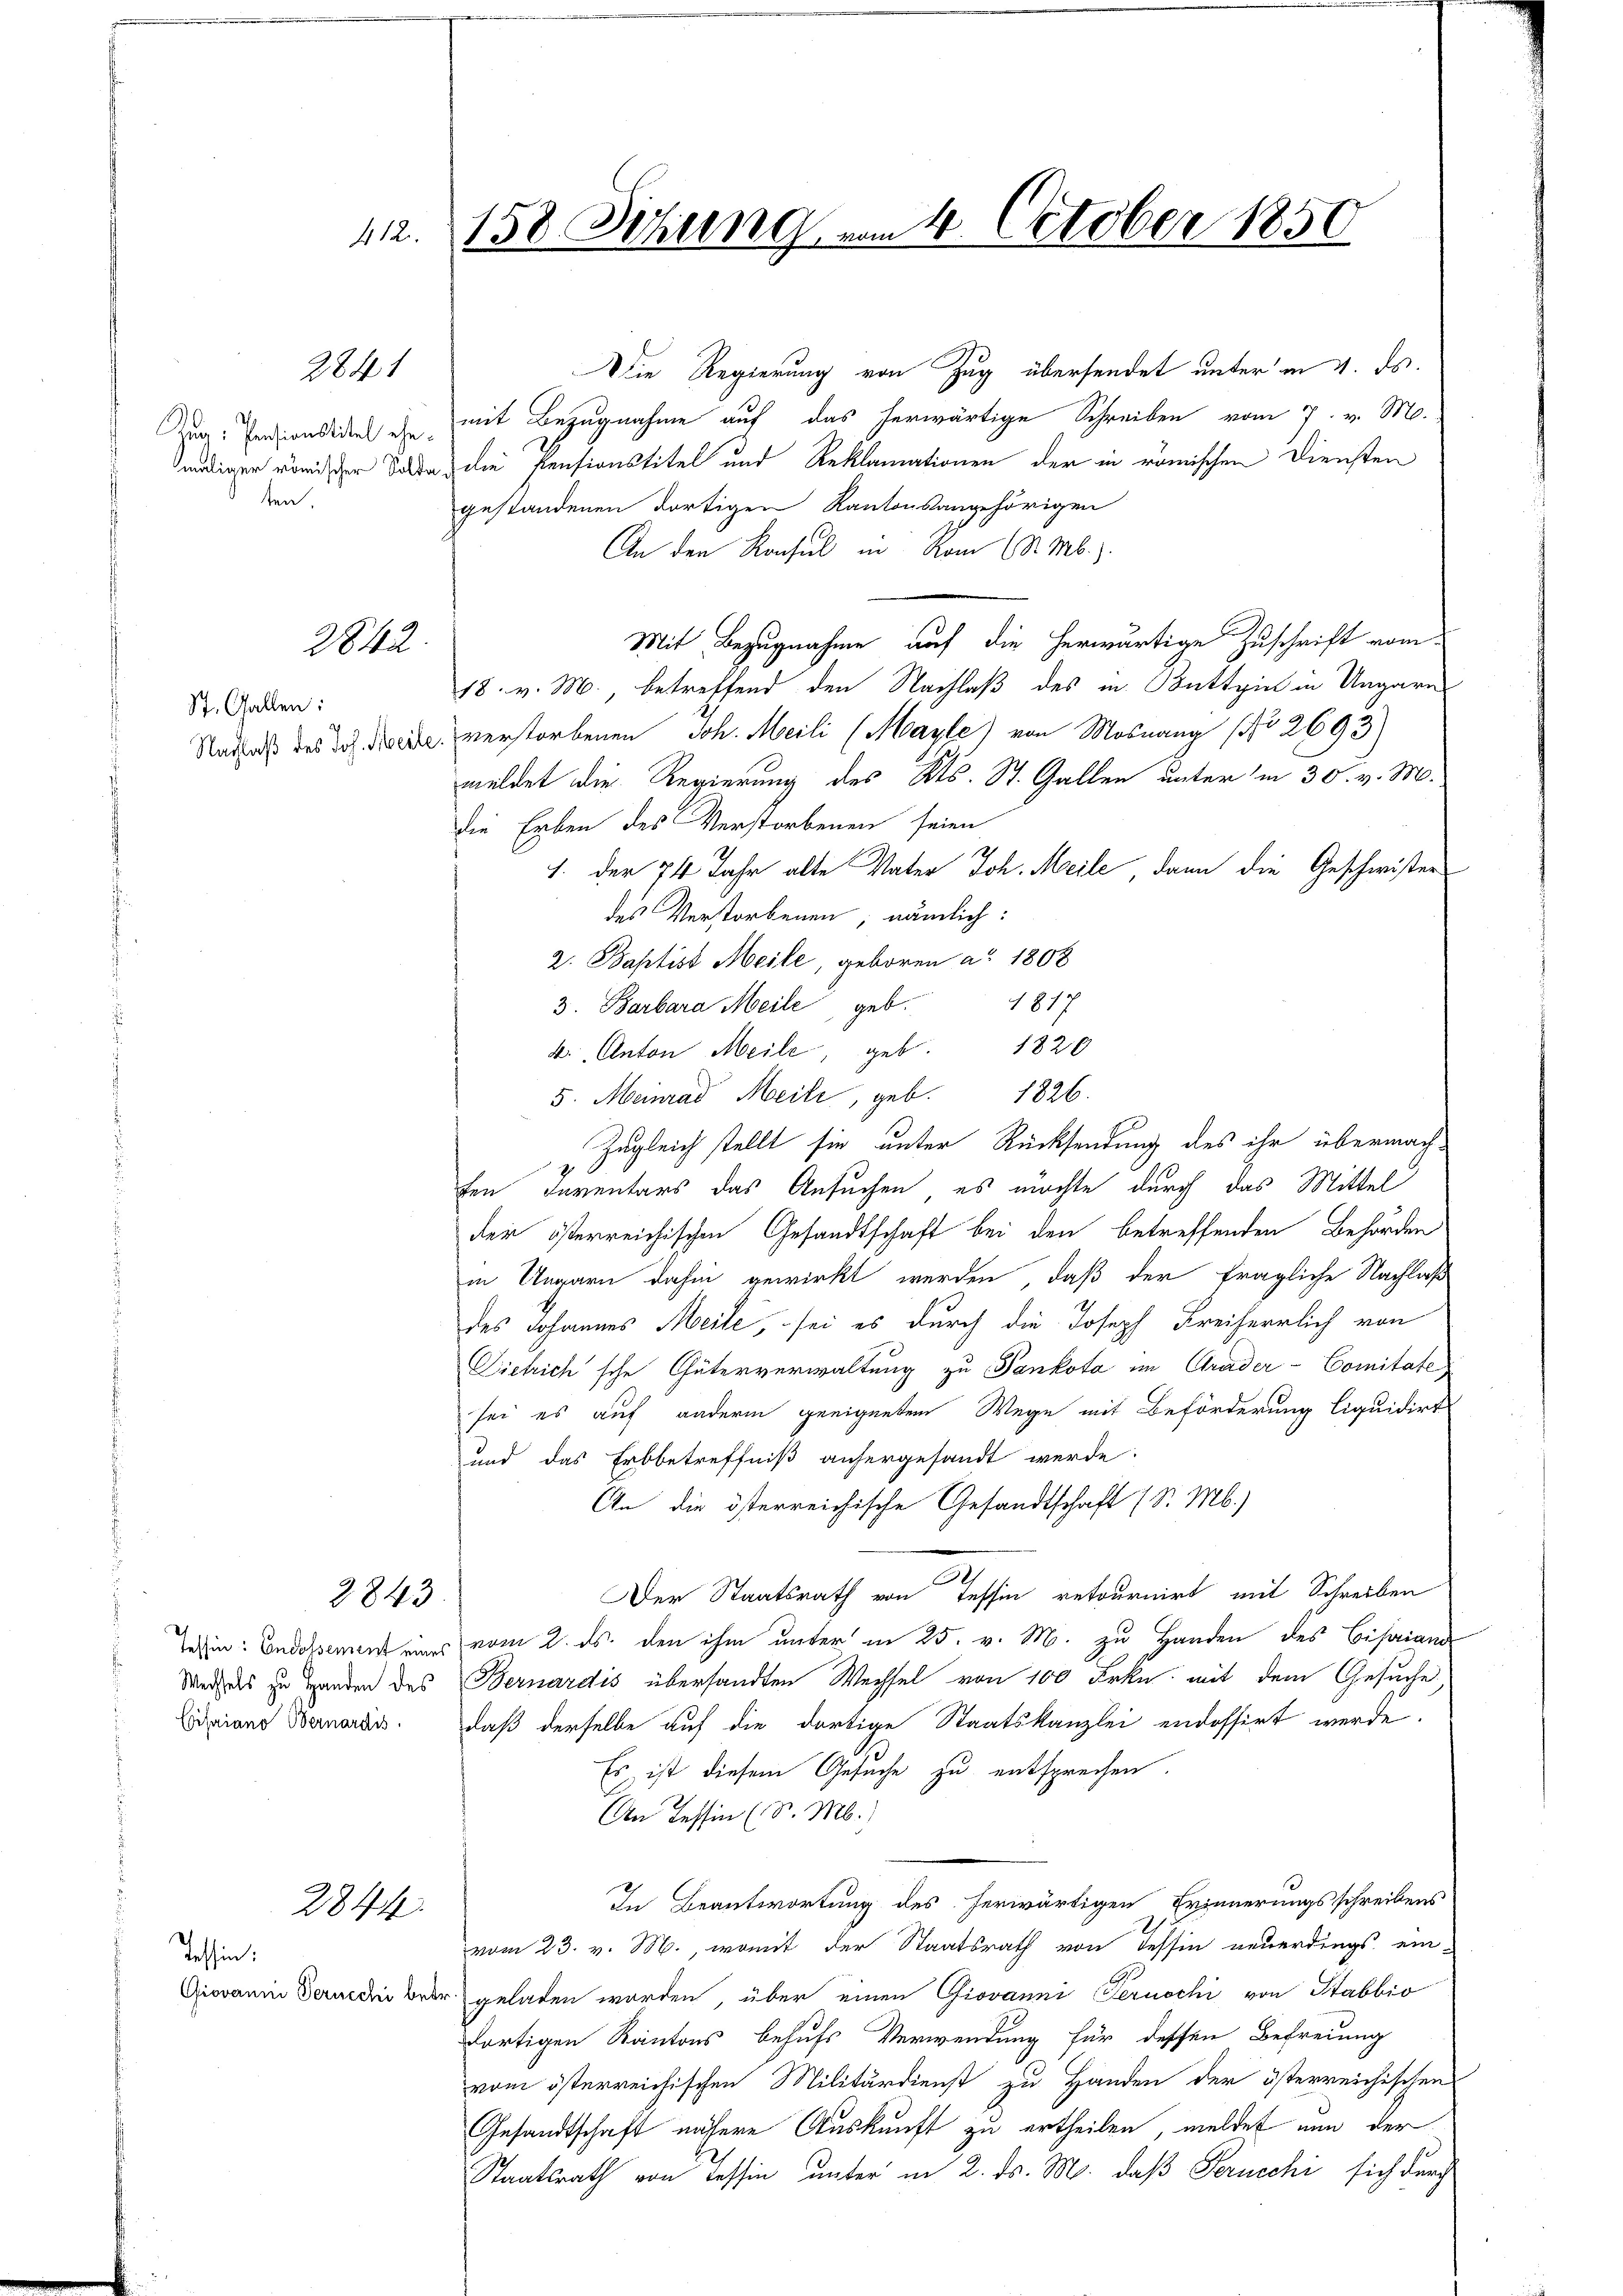
Zug: Pensionstitel ehe.
maliger römischer Sold
ten,

158 Sitzung vom 4. October 1850
d 12.

2841

2842.

St. Gallen:
Nachlaß des Joh. Meile

2843

Eifaiano Bernardis

2844.

Tessin,

Die Regierung von Zug übersendet unter in 4. ds.
mit Bezugnahme auf das herwärtige Schreiben vom 7. v. M.
a die Pensionstitel und Reklamationen der in römischen Diensten
gestandenen dortigen Kantonsangehörigen
An den Konsul in Rom (N. Mb.).
Mit Bezugnahme auf die herwärtige Zuschrift vom
18. v. M., betreffend den Nachlaß des in Buttzin in Ungarns
d. verstorbenen Joh. Meili (Mayle) von Mosnang (Nr. 2693)
meldet die Regierung des Kts. St. Gallen unterm 30. v. M.
die Erben des Verstorbenen seien
1. der 74 Jahr alte Vater Joh. Meile dann die Geschwistersdes Verstorbenen, nämlich:
2. Baptist Meile, geboren a. 1808
1817
3. Barbara Meile geb.
4. Anton Meile, geb. 1820
5. Meinrad Meile, geb. 1826.
Zugleich stellt sie unter Rücksendung des ihr übermachfen Inventars das Ansuchen, es möchte durch das Mittel
der österreichischen Gesandtschaft bei den betreffenden Behörden
in Ungarn dahin gewirkt werden, daß der fragliche Nachlaß
des Johannes Meile, sei es durch die Joseph Freiherrlich von
Diehich'sche Güterverwaltung zu Pankota im Grader-Comitate
sei es auf andern geeigneten Wege mit Beförderung liquidirt
und das Erbbetreffniß anhergesandt werde.
An die österreichische Gesandtschaft (S. Mb.)
Der Staatsrath von Tessin retournirt mit Schreiben
hin: Indossement eines vom 2. ds. den ihm unter in 25. v. M. zu Handen des Bisaiand
Weges zu Handen des Bernardis übersandten Wechsel von 100 Frkn. mit dem Gesuche
daß derselbe auf die dortige Staatskanzlei endossirt werde.
Es ist diesem Gesuche zu entsprechen.
Cn Tessin (S. M.)
In Beantwortung des herwärtigen Erinnerungsschreibens
vom 23. v. M., womit der Staatsrath von Tessin neuerdings ein-
Giovanin Forden Beder geladen worden, über einen Giovanni Fernschi von Stabbio
dortigen Kantons behufs Verwendung für dessen Befreiung
vom österreichischen Militärdienst zu Handen der österreichischen
Gesandtschaft nähere Auskunft zu ertheilen, meldet nun der
Staatsrath von Tessin unter in 2. ds. M. daß Perucchi sich durch